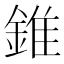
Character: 錐